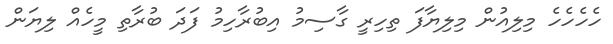
ހެހެހެހެ މިލިއުން މިލިޔާފަ ތިހިރީ ގާސިމު އިބުރާހިމު ފަދަ ބުރާތި މީހެއް ލިޔަން